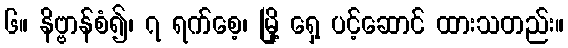
၆။ နိဗ္ဗာန်စံ၍၊ ၇ ရက်စေ့၊ မြို့ ရှေ့ ပင့်ဆောင် ထားသတည်း။